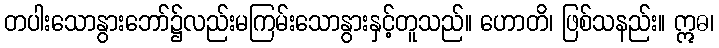
တပါးသောနွားဘော်၌လည်းမကြမ်းသောနွားနှင့်တူသည်။ ဟောတိ၊ ဖြစ်သနည်း။ ဣဓ၊